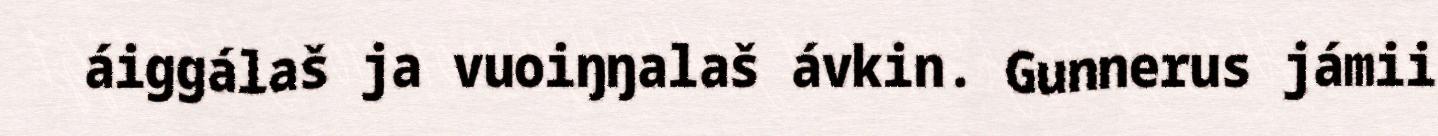
áiggálaš ja vuoiŋŋalaš ávkin. Gunnerus jámii